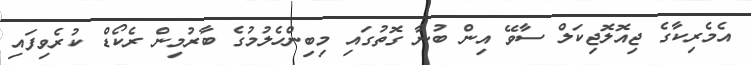
އެމެރިކާގެ ޖިއޮލޮޖިކަލް ސާވޭ އިން ބުނާ ގޮތުގައި މިބިންހެލުމުގެ ބާރުމިން ރެކޯޑް ކުރެވިފައި